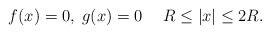
LaTeX: \begin{align*}f(x)=0,\; g(x)=0\quad\;R\le|x|\le2R.\end{align*}